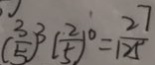
( \frac { 3 } { 5 } ) ^ { 3 } ( \frac { 2 } { 5 } ) ^ { 0 } = \frac { 2 7 } { 1 2 5 }